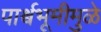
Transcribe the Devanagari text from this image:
पार्श्वभूमीमुळे